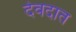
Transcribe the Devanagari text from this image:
देवदात